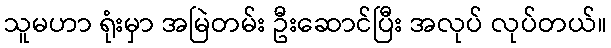
သူမဟာ ရုံးမှာ အမြဲတမ်း ဦးဆောင်ပြီး အလုပ် လုပ်တယ်။